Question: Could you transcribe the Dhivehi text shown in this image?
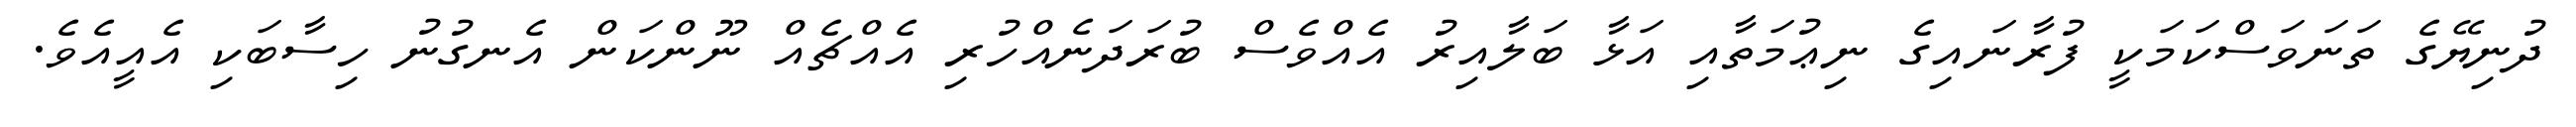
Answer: ދުނިޔޭގެ ތަނަވަސްކަމަކީ ފުރާނައިގެ ނިޢުމަތާއި އަޅާ ބަލާއިރު އެއްވެސް ބުރަދަނެއްހުރި އެއްޗެއް ނޫންކަން އެނގުނު ހިސާބަކި އެއީއެވެ.